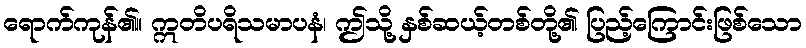
ရောက်ကုန်၏။ ဣတိပရိသမာပနံ၊ ဤသို့ နှစ်ဆယ့်တစ်တို့၏ ပြည့်ကြောင်းဖြစ်သော